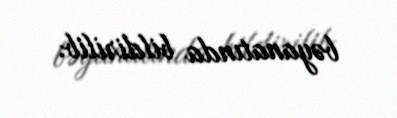
bəyanatında bildirilib.